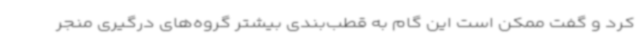
کرد و گفت ممکن است این گام به قطب‌بندی بیشتر گروه‌های درگیری منجر